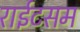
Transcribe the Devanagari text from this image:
राईटसम